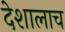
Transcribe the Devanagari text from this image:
देशालाच